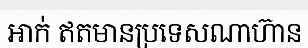
អាក់ ឥតមានប្រទេសណាហ៊ាន